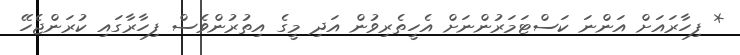
* ފިހާރައަށް އަންނަ ކަސްޓަމަރުންނަށް އެހީތެރިވުން އަދި މީގެ އިތުރުންވެސް ފިހާރާގައި ކުރަންޖެހޭ